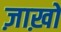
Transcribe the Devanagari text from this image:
ज़ाख़ो